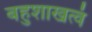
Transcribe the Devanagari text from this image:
बहुशाखत्वं